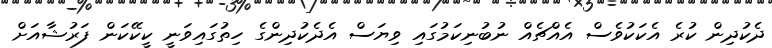
ދެކުދިން ކުރެ އެކަކުވެސް އެއްޗެއް ނުބުނިކަމުގައި ވިޔަސް އެދެކުދިންގެ ހިތުގައިވަނީ ކީކޭކަން ފަރުޝާއަށް